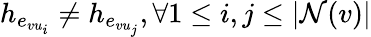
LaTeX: h_{e_{vu_{i}}}\neq h_{e_{vu_{j}}},\forall 1\leq i,j\leq|\mathcal{N}(v)|